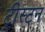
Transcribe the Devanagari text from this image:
ट्रीस्टन